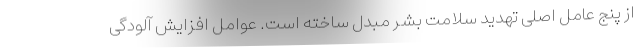
از پنج عامل اصلی تهدید سلامت بشر مبدل ساخته است. عوامل افزایش آلودگی